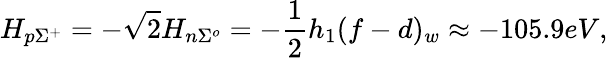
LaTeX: H_{p\Sigma^{+}}=-\sqrt{2}H_{n\Sigma^{o}}=-\frac{1}{2}h_{1}(f-d)_{w}\approx-105.9eV,